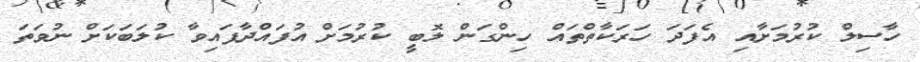
ހާސިލް ކުރުމަށާއި އެފަދަ ހަރަކާތްތައް ހިންގަން ލޮބީ ކުރުމަށް އުފައްދާފައިވާ ކުލަބަކަށް ނުވަތަ